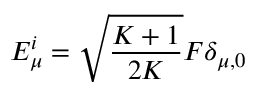
E _ { \mu } ^ { i } = \sqrt { \frac { K + 1 } { 2 K } } F \delta _ { \mu , 0 }